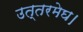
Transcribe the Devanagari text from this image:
उत्तरमेघ।